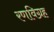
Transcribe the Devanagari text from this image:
रणविग्रह